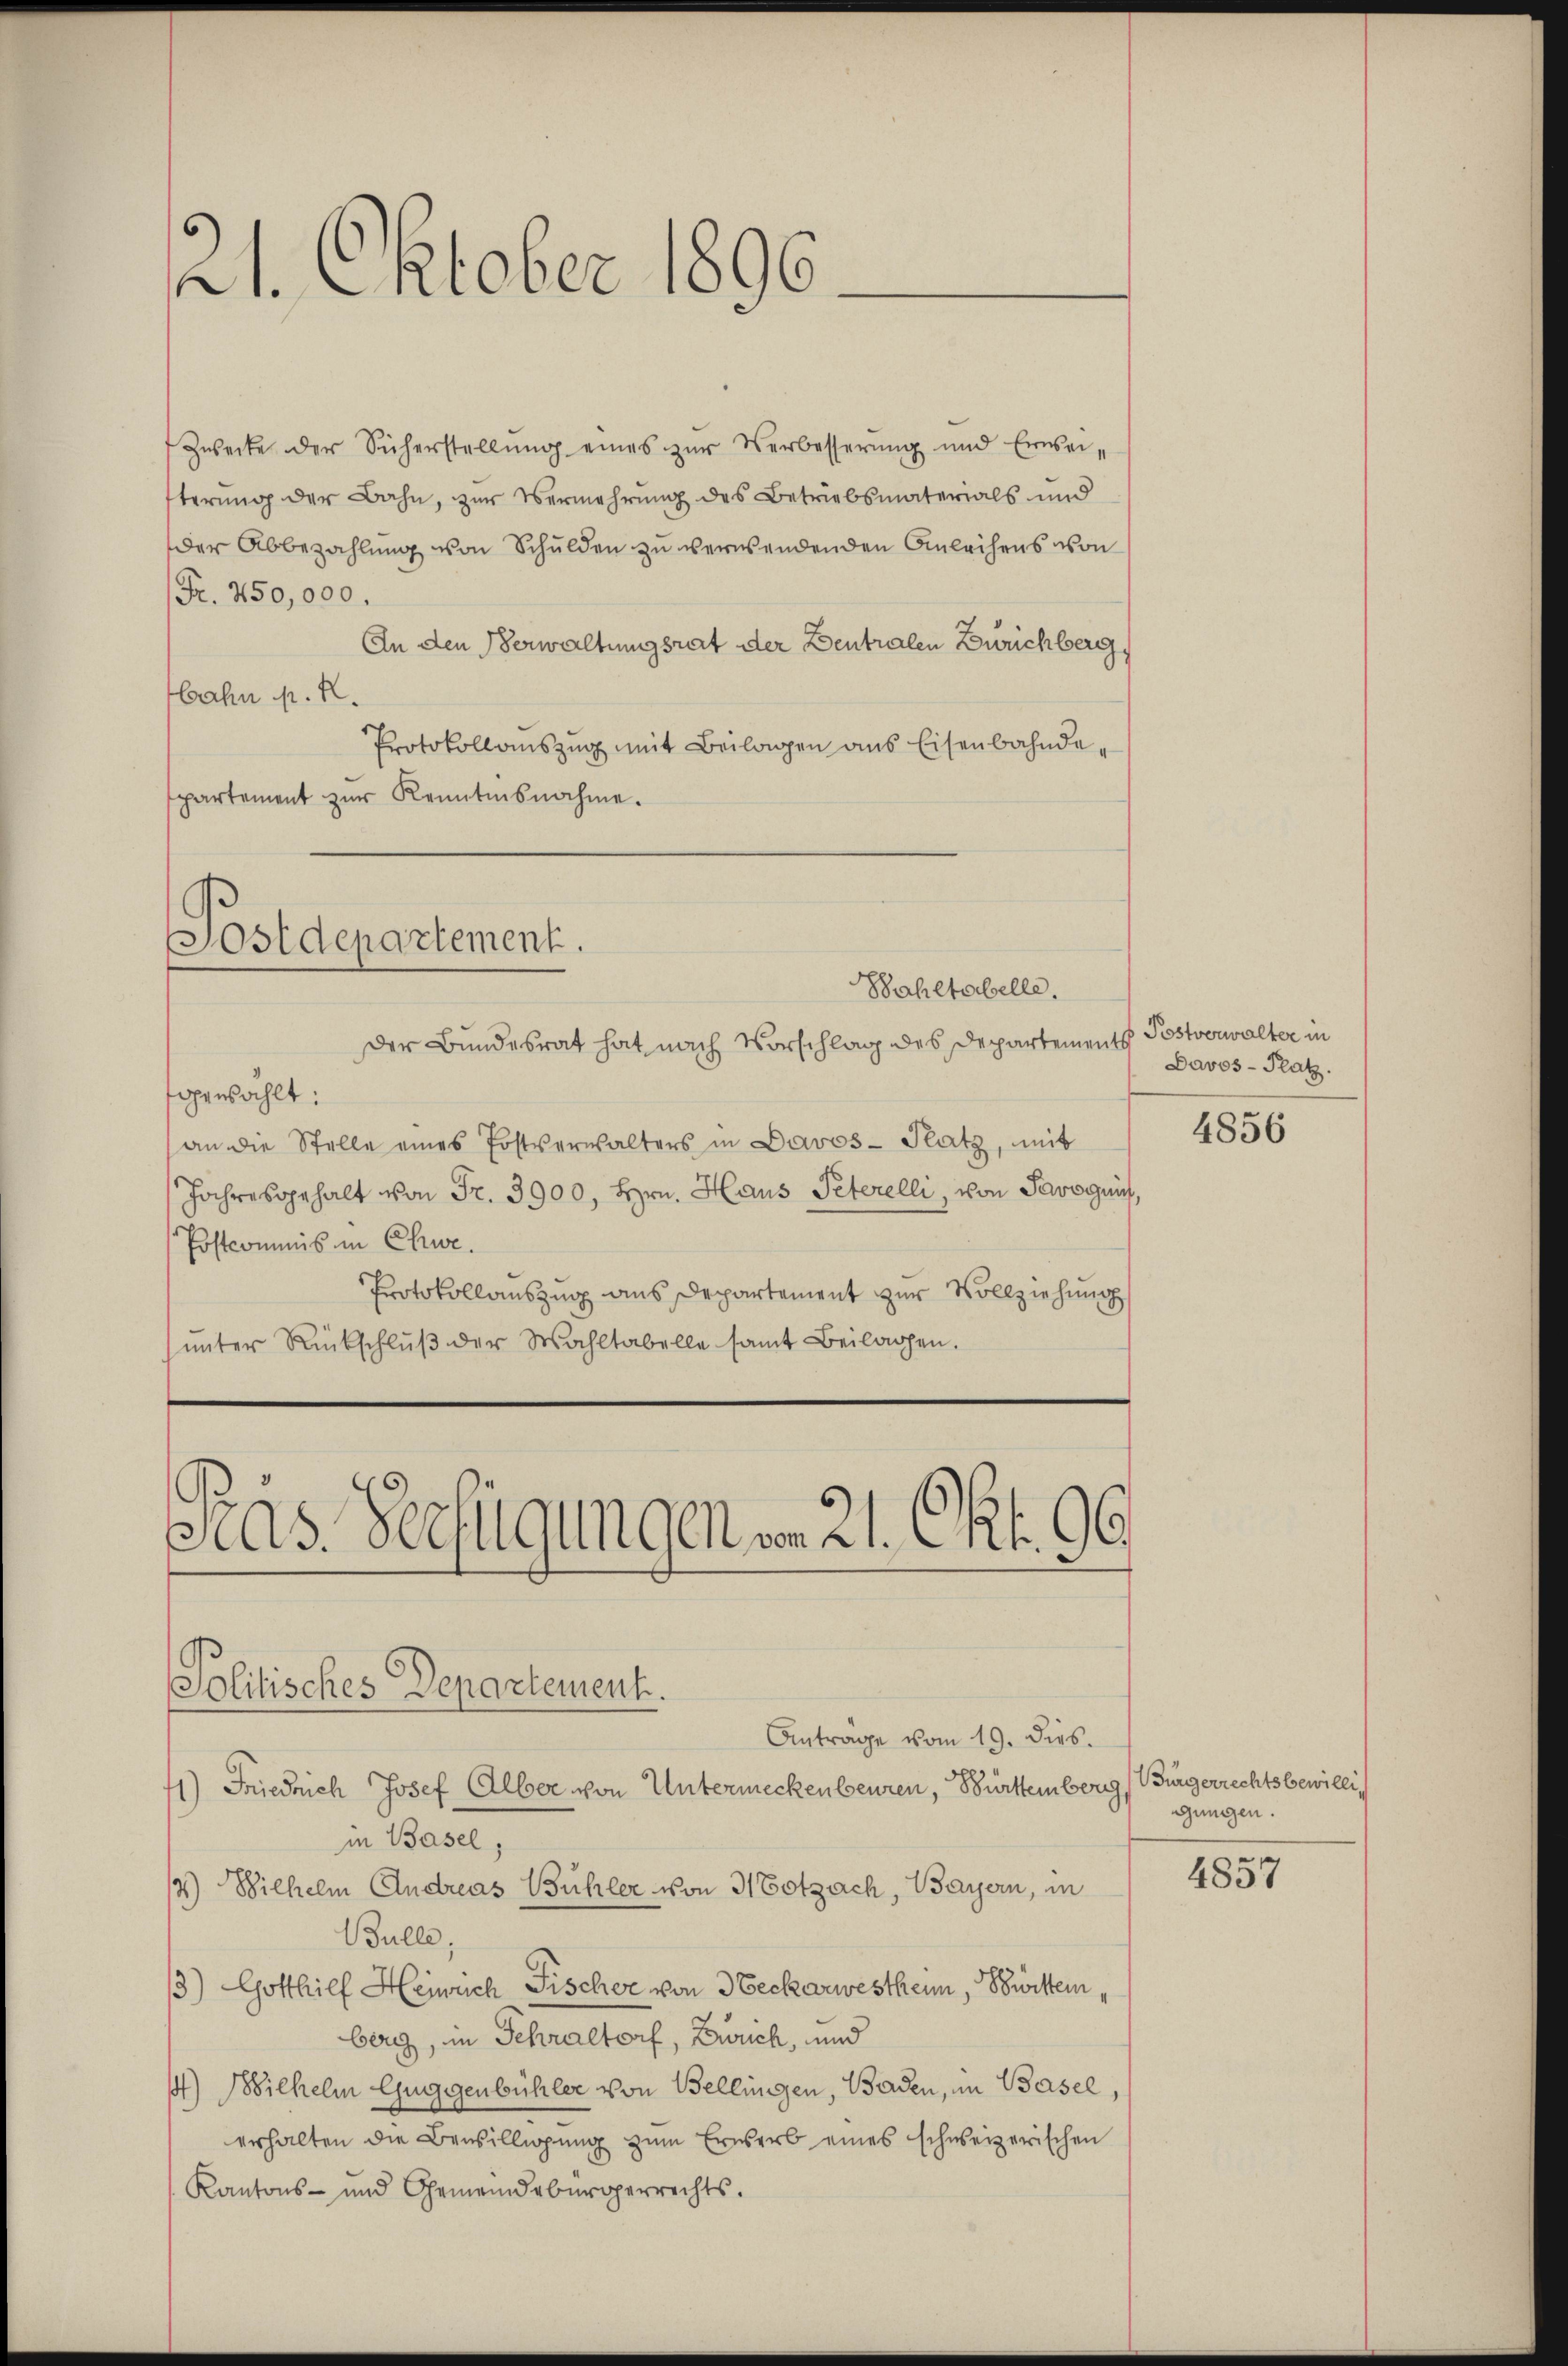
21. Oktober 1896.

Zwecke der Sicherstellŭng eines zŭr Verbesserung und Erweiterung der Bahn, zur Vermehrung des Betriebsmaterials und
der Abbezahlung von Schulden zu verwendenden Anleihens von
Fr. 250,000.
An den Verwaltungsrat der Deutralen Zürichberg,
bahn p. R.
Protokollauszug mit Beilagen aus Eisenbahndepartement zŭr Kenntnisnahme.

Postdepartement.
Bahltabelle.

gewählt:
an die Stelle eines Postverwalters in Davos- Platz, mit
Jahresgehalt von Fr. 3900, Hrn. Haus Peterelli, von Savognis,
Postcommis in Chur.
Protokollauszug aus Departement zur Vollziehung
ŭnter Rückschlŭβ der Wahltabelle samt Beilagen.

Präs. Verfügungen vom 21. Okt. 96.

Politisches Departement.
Anträge vom 19. dies.
1) Friedrich Josef Alber von Untermeckenbeuren, Bürttemberg, Bürgerrechtsbewilli¬

Der Bundesrat hat nach Vorschlag des Departements

in Basel,
/3) Wilhelm Andreas Bühler von Hotzach, Bayern, in
Bulle;
3) Gotthilf Heinrich Fischer von Neckarwestheim, Swittemberg, in Schraltorf, Zürich, und
) Bilhelm Guggenbühler von Bellingen, Baden, in Basel,
erhalten die Bewilligŭng zŭm Erwerb eines schweizerischen
Kantons- und Gemeindebürgerrechts.

Postverwalter in
Davos- Platz.
4856

gungen.

4857